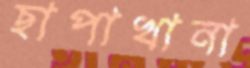
ছাপাখানা